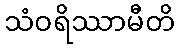
သံဝရိဿာမီတိ